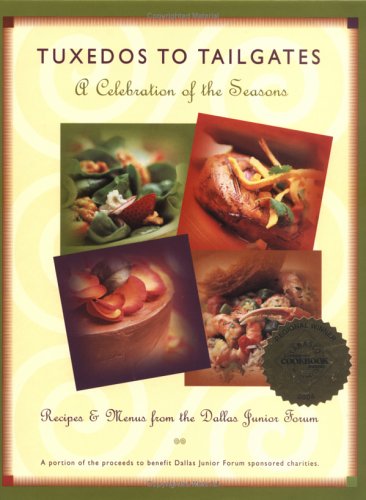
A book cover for Tuxedos to Tailgates: A Celebration of the Seasons : Recipes & Menus from the Dallas Junior Forum; Dallas Junior Forum; Cookbooks, Food & Wine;